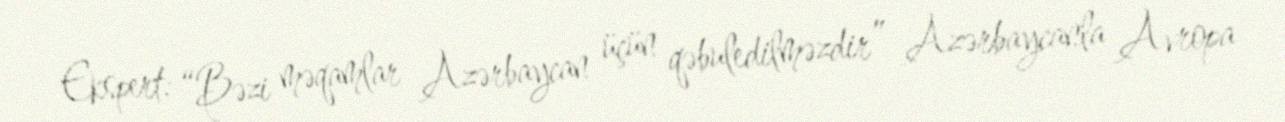
Ekspert: “Bəzi məqamlar Azərbaycan üçün qəbuledilməzdir” Azərbaycanla Avropa